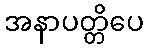
အနာပတ္တိပေ